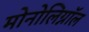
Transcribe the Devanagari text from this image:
मोनोलिग्नॉल